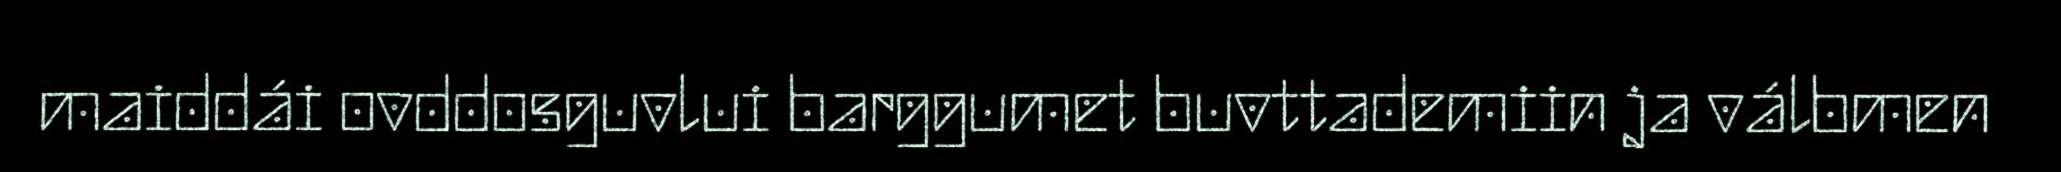
maiddái ovddosguvlui barggumet buvttademiin ja válbmen